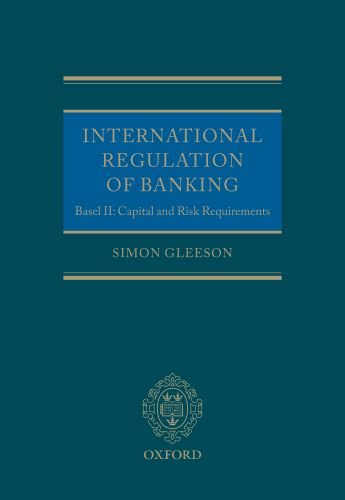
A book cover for International Regulation of Banking: Basel II, Capital and Risk Requirements; Simon Gleeson; Law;